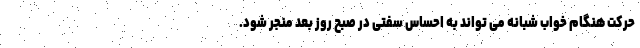
حرکت هنگام خواب شبانه می تواند به احساس سفتی در صبح روز بعد منجر شود.